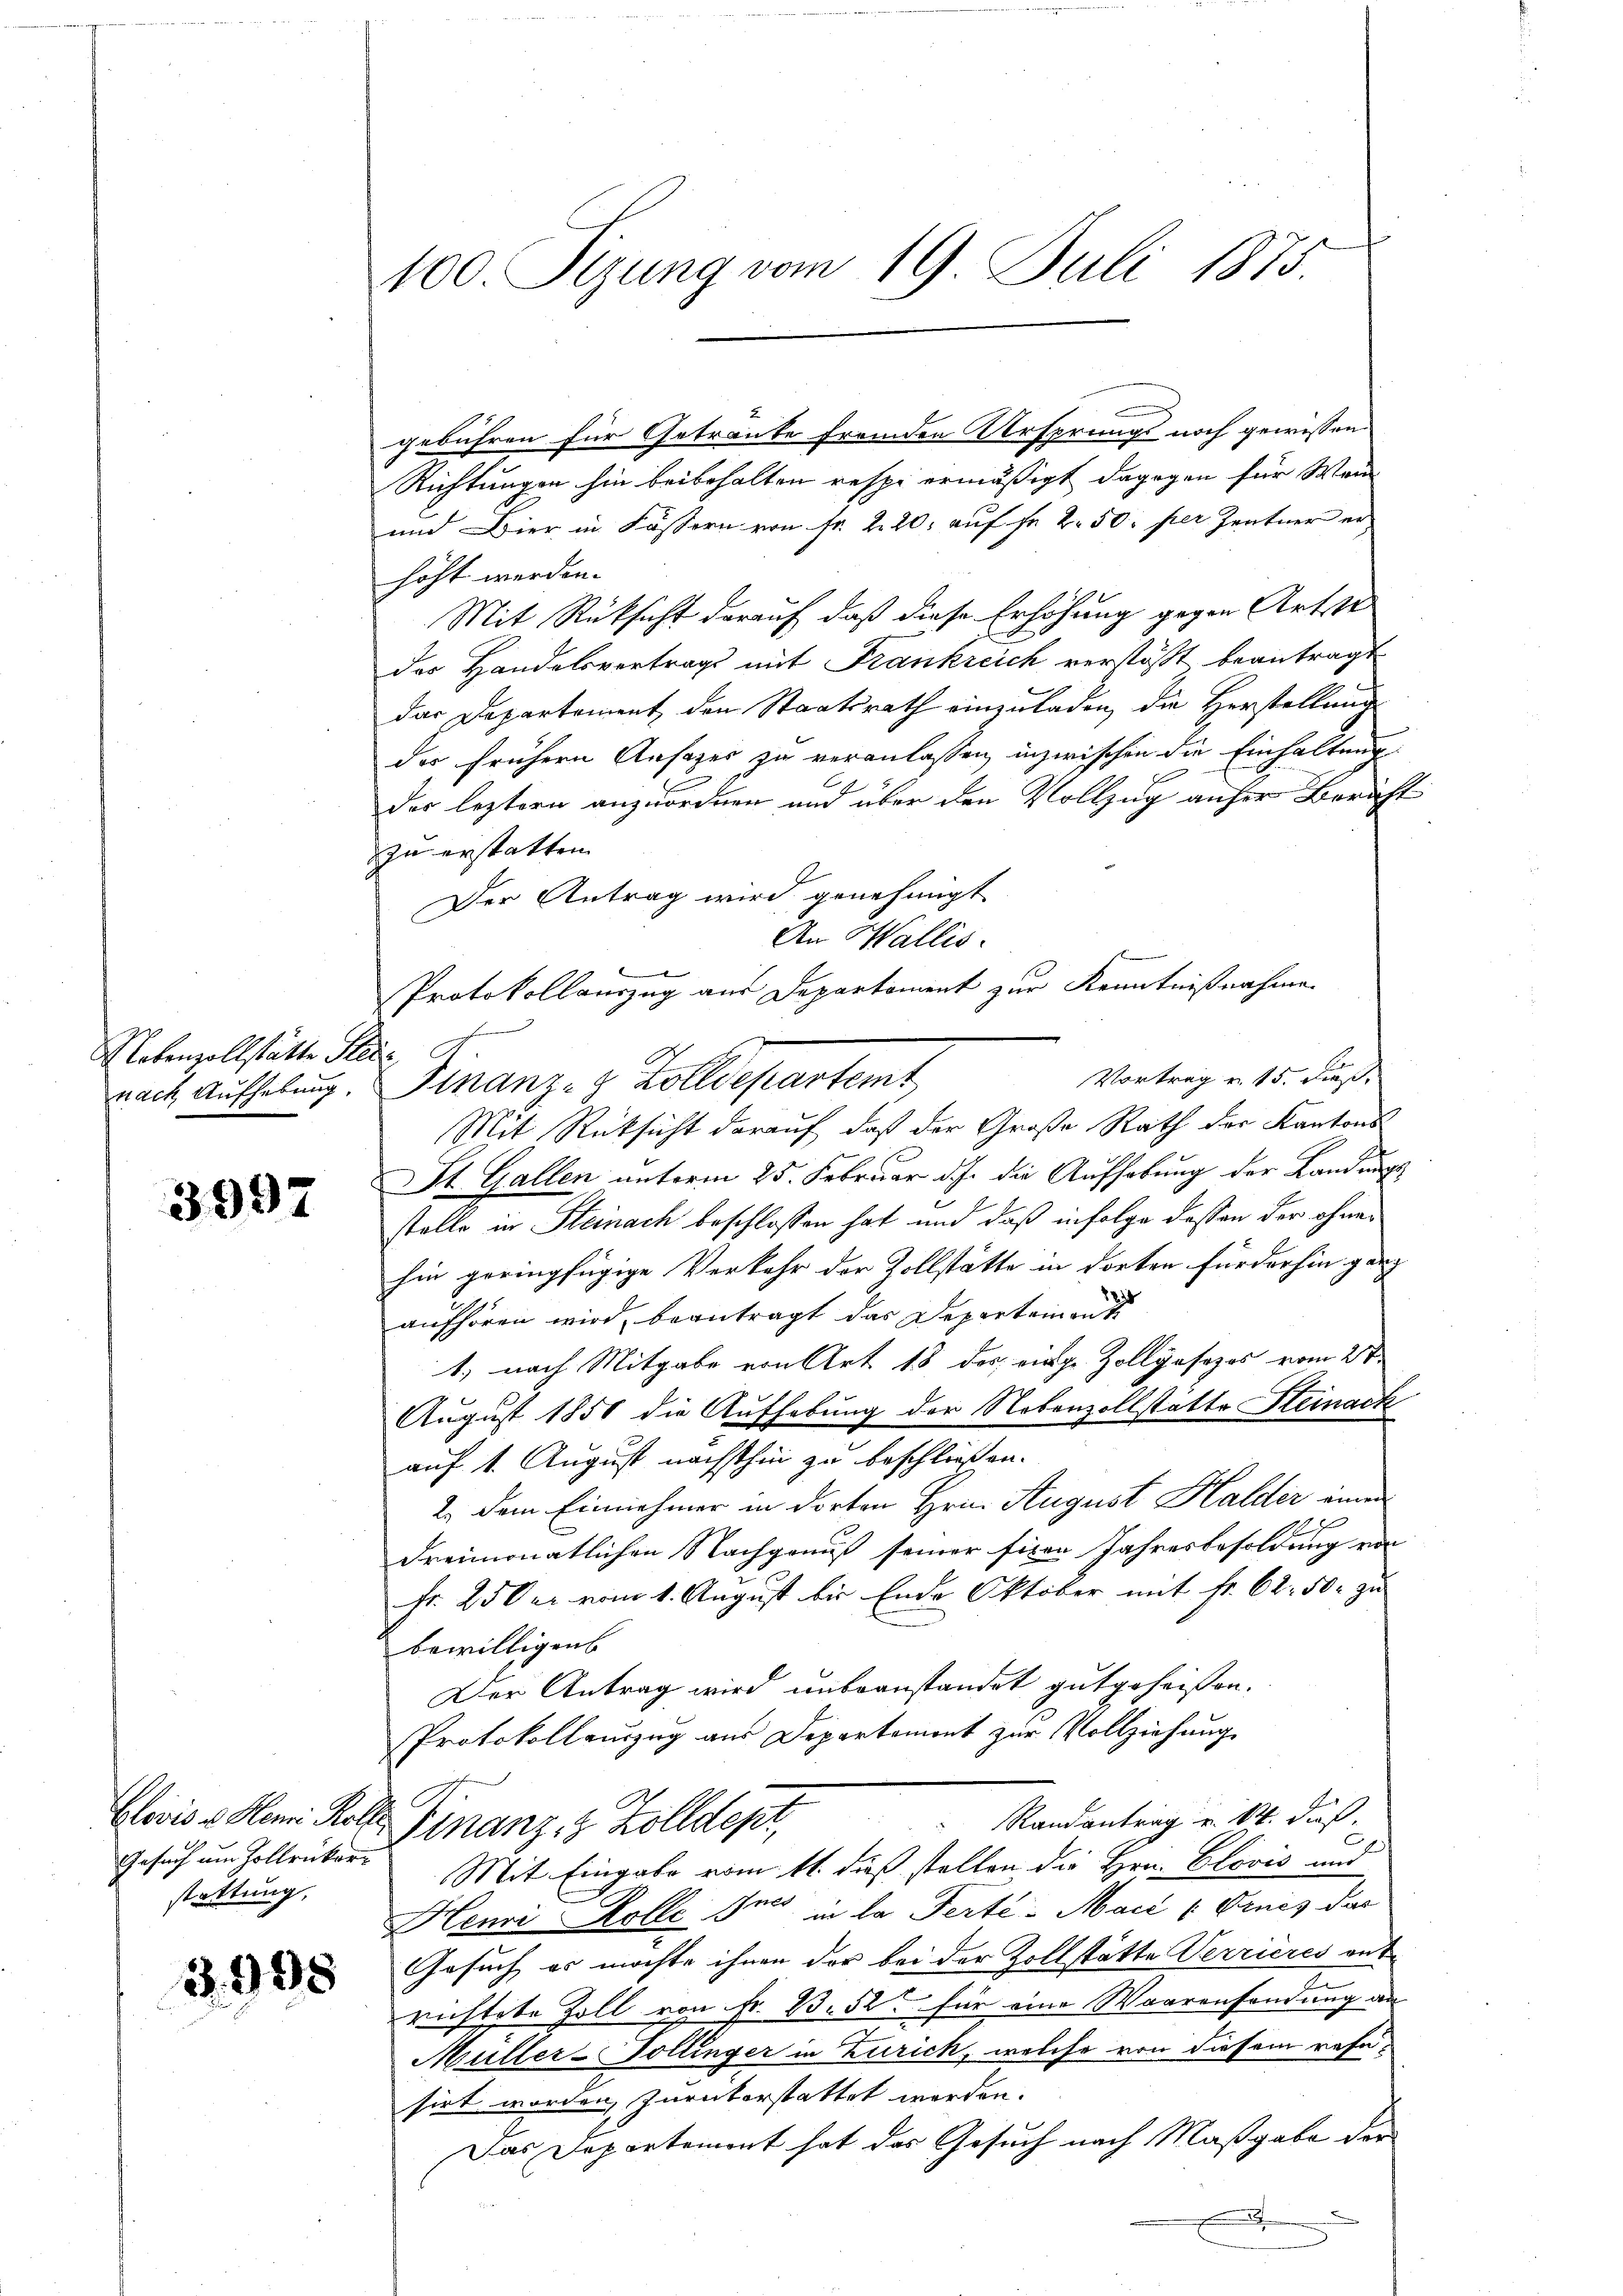
Nebenzollstätte Stei
nach Aufhebung,

3997

Gesuch am Hollrükerstattung,

3.998

100. Sizung vom 19. Juli 1875

gebühren für Getraute fremden Ursprungs noch gewissen.
Richtungen hin beibehalten respi ermäßigt dagegen für Wan
und Bier in Fässern von Fr. 220. auf Fr. 2 50 per Zentner er
höht werden.
Mit Rüksicht darauf, daß diese Erhöhung gegen Arteste
der Handelsvertrags mit Frankreich verstößt beantragt
das Departement den Staatsrath einzuladen, die Herstellung
des frühern Ansages zu veranlassen, inzwischen die Einhaltung
der leztern anzuordnen und über den Vollzug aufer Bericht
zu erstatten.
Der Antrag wird genehmigt
An Wallis.
b
Protokollauszug aus Departement zur Kenntnißnahme
Vortrag v. 15. dieß.
Finanz- & Zolldepartemt,
Mit Rücksicht darauf, daß der Große Rath der Kantons
St. Gallen unterm 25. Februar d.J. die Aufhebung der Landungs
stelle in Steinach beschlossen hat und daß infolge dessen der ohnehin geringfügige Verkehr der Zollstätte in dorten Fürderhin ganz
82
aufhören wird, beantragt das Departement
1) nach Mitgabe von Art 18 des eige Zollgasezes vom 27.
August 1850 die Aufhebung der Nebenzollstatte Steinack
auf 1. August nächsthin zu beschliessen.
2. dem Einnahmer in dorten Hrn. August Halder denn
dreimonatlichen Nachgenuß seiner fixen Jahresbesoldung von
Fr. 250 er vom 1. August bis Ende Oktober mit Fr. 62. 50. zu
bewilligens
Der Antrag wird unbeanstandet gutgeheißen.
Protokollauszug aus Departemont zur Vollziehung
Randantrag v. M. daß
Clivis u Henri Rolle Finanz, 2 Zolldept,
Mit Eingabe vom 11. dieß stellen die Hrn. Clović und
Henri Kolle Ines in la Perte Maci (Ornes das
Gesuch es möchte ihnen der bei der Zollstätte Verrieres aus
richtete Zoll von Fr. 13. 52 für eine Waarensendung an
Müller-Vollinger in Zürich, welche von diesem refesirt worden zurückerstattet werden.
Das Departement hat das Gesuch nach Maßgabe der
x
.